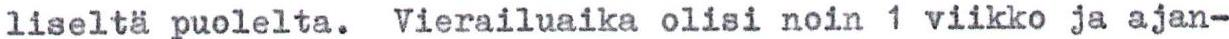
liseltä puolelta. Vierailuaika olisi noin 1 viikko ja ajan-